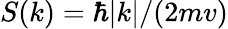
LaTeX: S(k)=\hbar|k|/(2mv)